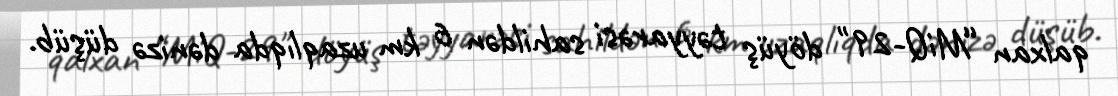
qalxan “MiQ-29" döyüş təyyarəsi sahildən 6 km uzaqlıqda dənizə düşüb.